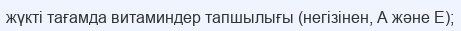
жүкті тағамда витаминдер тапшылығы (негізінен, А және Е);